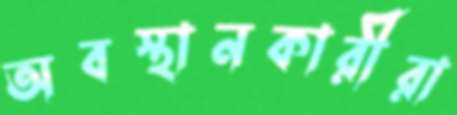
অবস্থানকারীরা